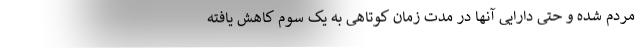
مردم شده و حتی دارایی آنها در مدت زمان کوتاهی به یک سوم کاهش یافته